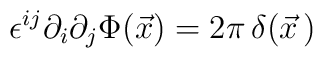
\epsilon^{ij}   \partial_{i}\partial_{j}\Phi(\vec{x}) = 2\pi \, \delta(\vec{x}\, )